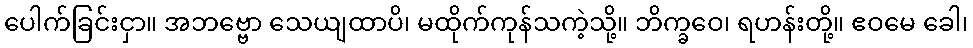
ပေါက်ခြင်းငှာ။ အဘဗ္ဗော သေယျထာပိ၊ မထိုက်ကုန်သကဲ့သို့။ ဘိက္ခဝေ၊ ရဟန်းတို့။ ဧဝမေ ခေါ၊